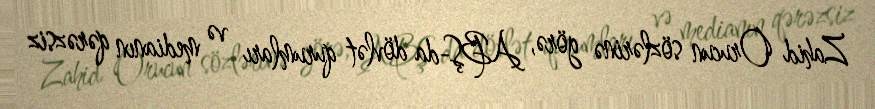
Zahid Orucun sözlərinə görə, ABŞ-da dövlət qurumları və medianın qərəzsiz